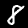
Label: 8